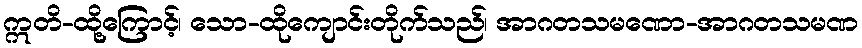
ဣတိ-ထို့ကြောင့်၊ သော-ထိုကျောင်းတိုက်သည်၊ အာဂတသမဏော-အာဂတသမဏ